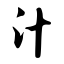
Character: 汁